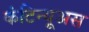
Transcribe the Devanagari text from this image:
कंटिन्यूअस